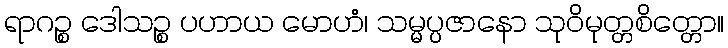
ရာဂဉ္စ ဒေါသဉ္စ ပဟာယ မောဟံ၊ သမ္မပ္ပဇာနော သုဝိမုတ္တစိတ္တော။